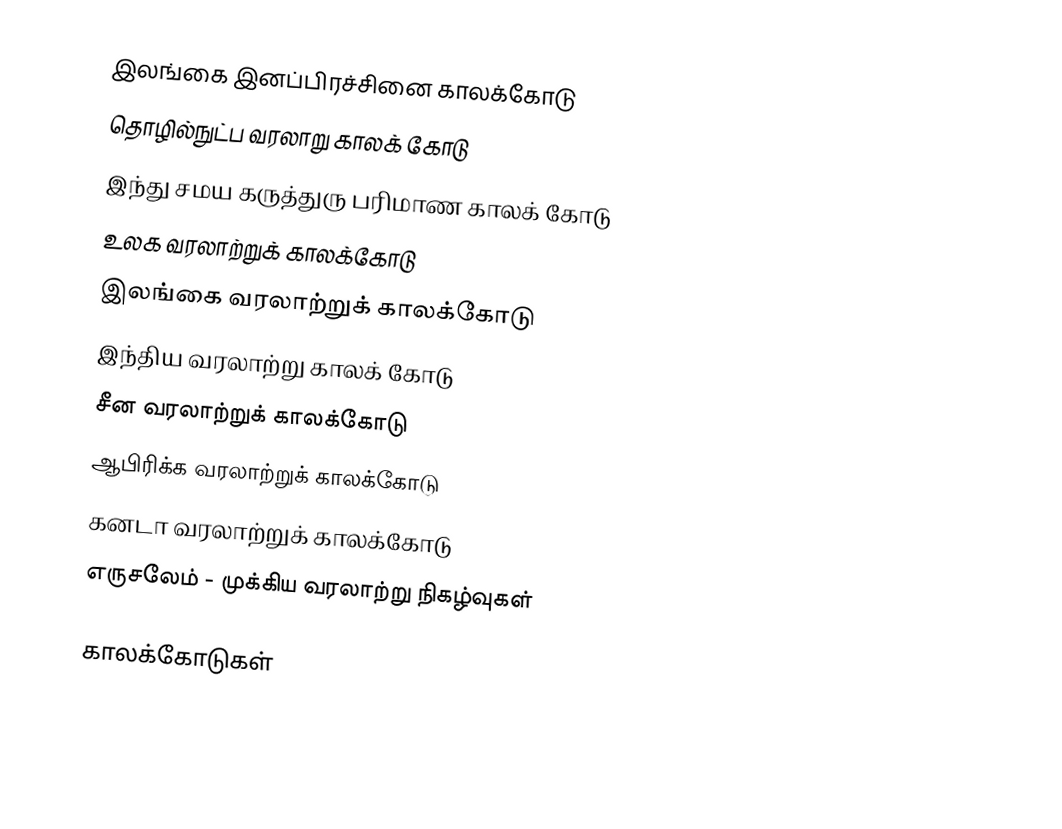
இலங்கை இனப்பிரச்சினை காலக்கோடு
தொழில்நுட்ப வரலாறு காலக் கோடு
இந்து சமய கருத்துரு பரிமாண காலக் கோடு
உலக வரலாற்றுக் காலக்கோடு
இலங்கை வரலாற்றுக் காலக்கோடு
இந்திய வரலாற்று காலக் கோடு
சீன வரலாற்றுக் காலக்கோடு
ஆபிரிக்க வரலாற்றுக் காலக்கோடு
கனடா வரலாற்றுக் காலக்கோடு
எருசலேம் - முக்கிய வரலாற்று நிகழ்வுகள்

காலக்கோடுகள்